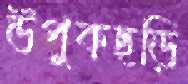
উপুকছড়ি